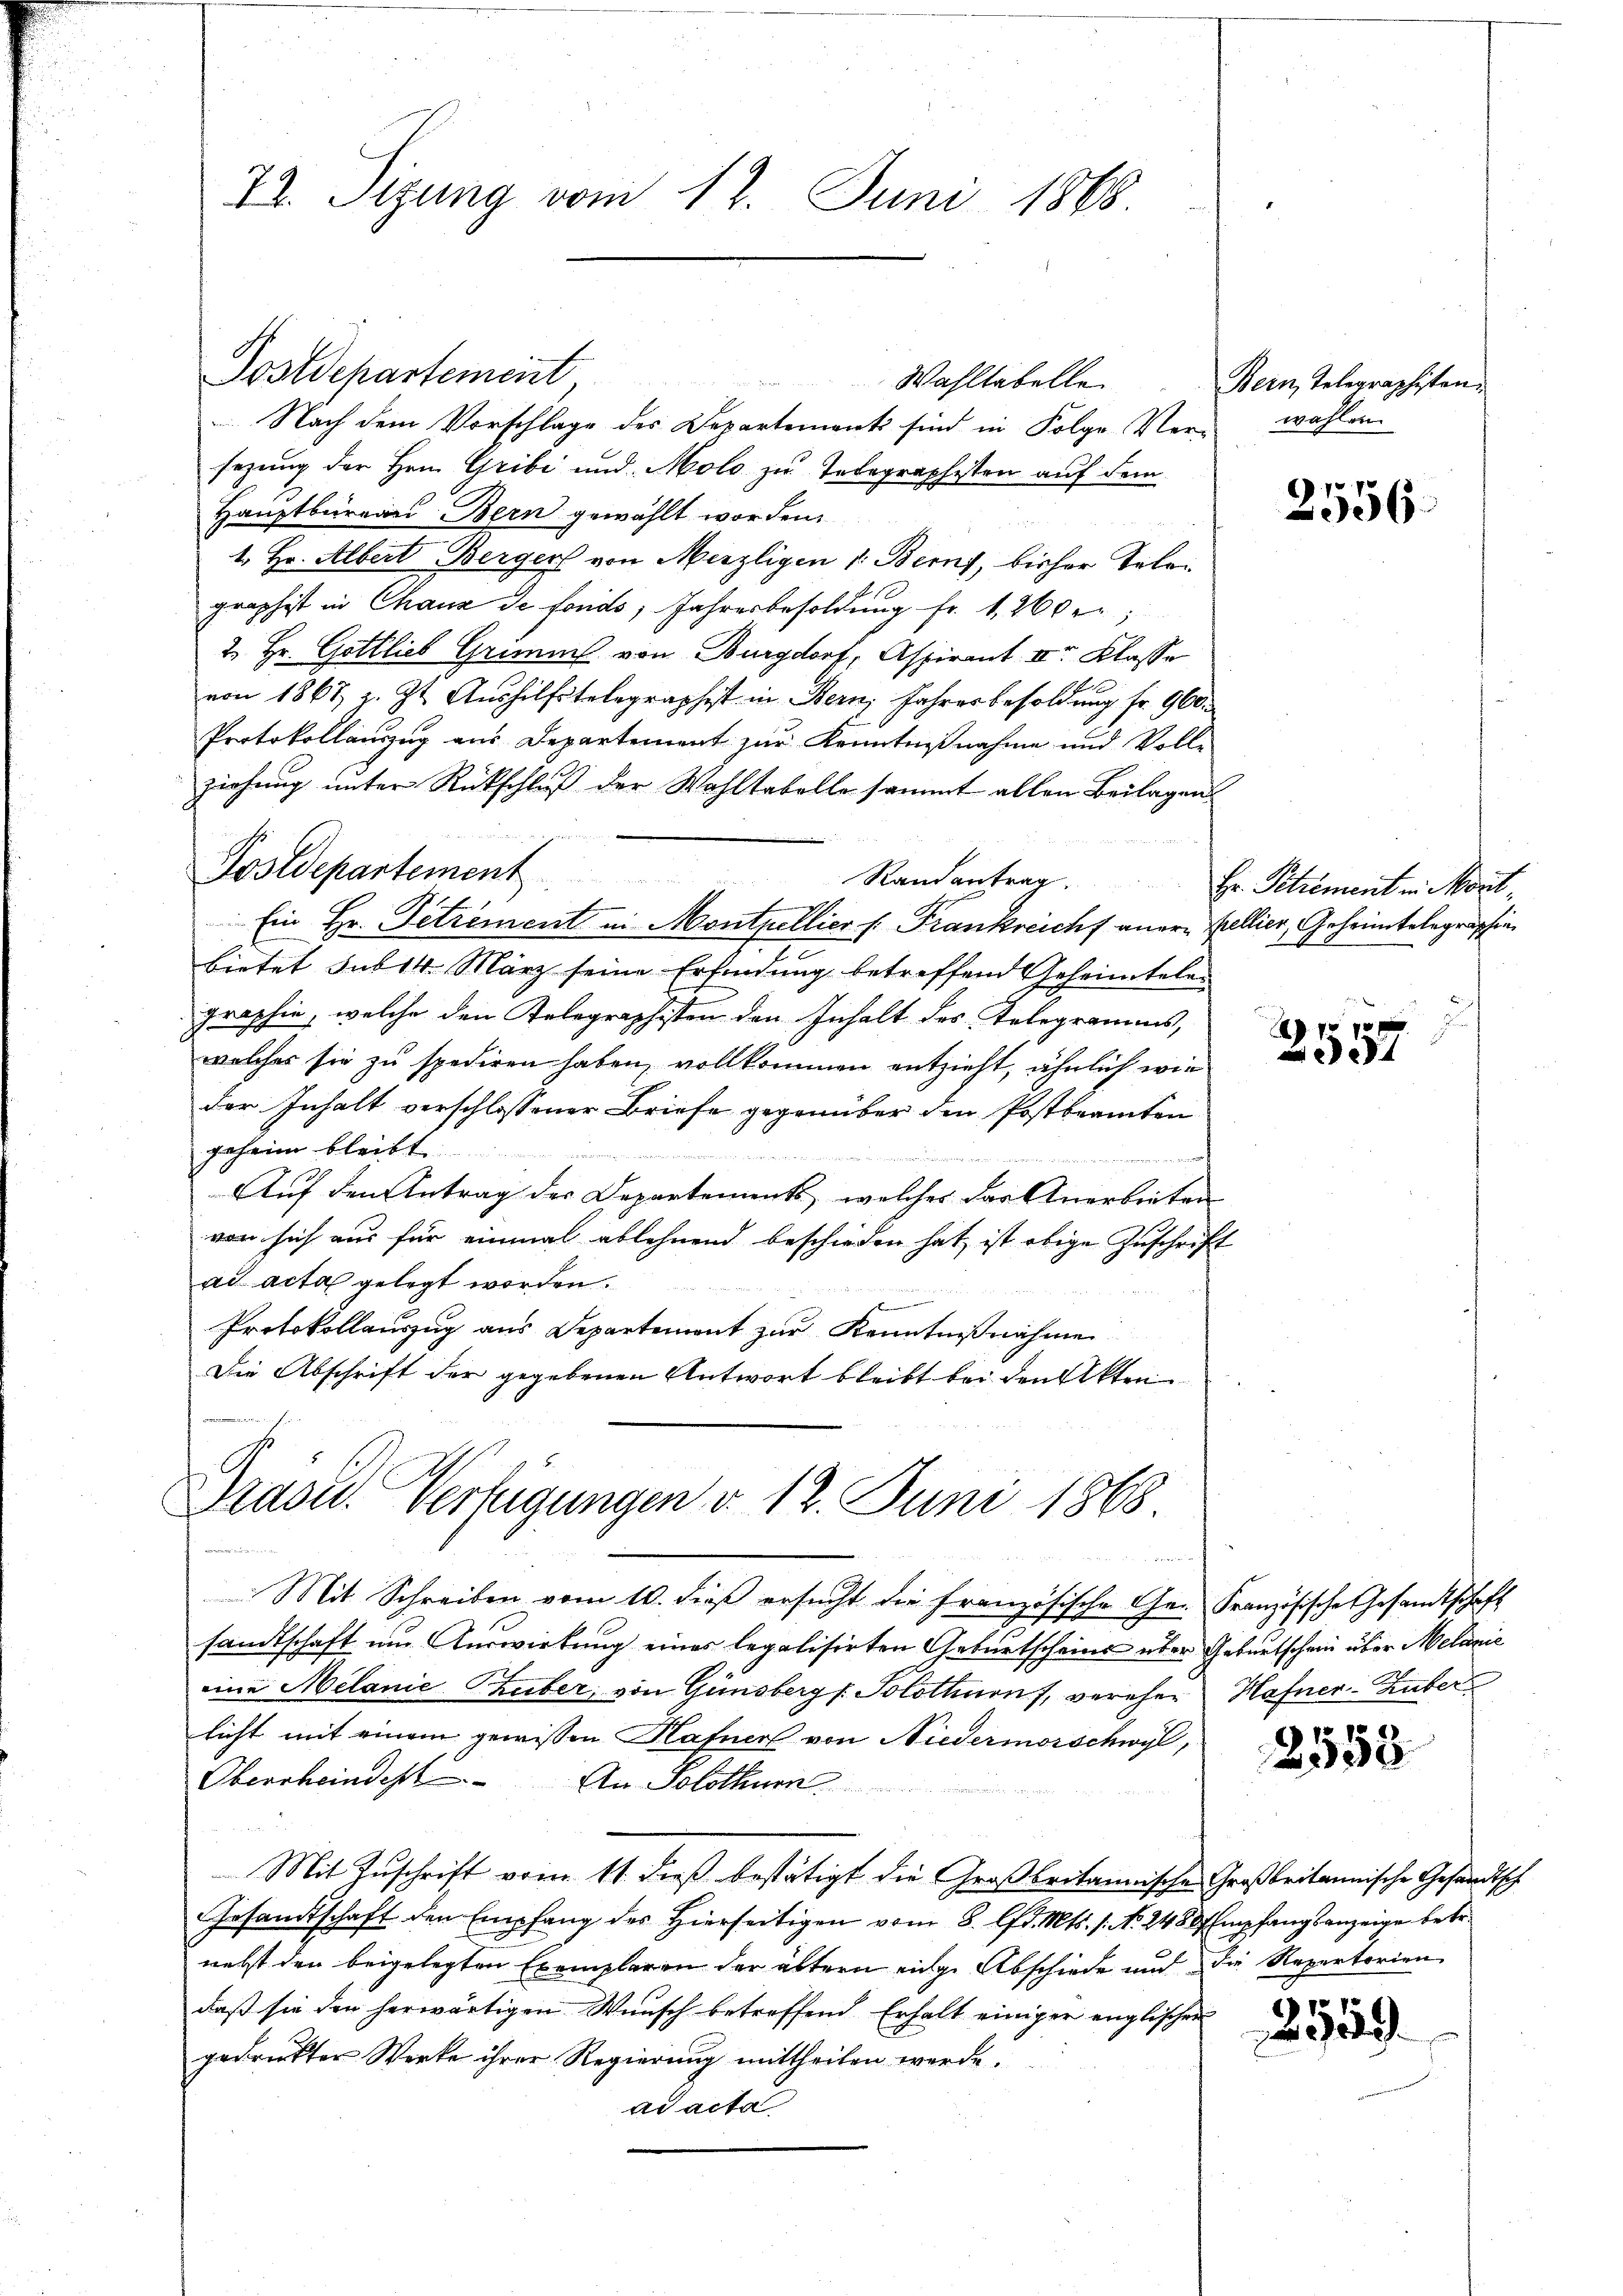
72. Sizung vom 12. Juni 1865.

Wahltabelle
Nach dem Vorschlage des Departement sind in Folge Verwahlen
sezung der Hrn. Gribi und Molo zu Telegraphisten auf dem
Hauptbureau Bern gewählt worden.
1. Hr. Albert Berger von Merzligen 1. Berns, bisher Telegraphist in Chaux de fonds, Jahresbesoldŭng fr. 1200 r
2. Hr. Gottlieb Grimm von Burgdorf, Aspirant II. Klasse
von 1867 z. Zt. Aŭshilfstelegraphist in Bern, Jahresbesoldung fr. 960.
Protokollauszug aus Departement zur Kenntnißnahme und Voll-
ziehung unter Rückschluß der Wohltabelle sammt allen Beilagen
Randantrag.
Ein Hr. Getrement in Montpellier s. Frankreicht anere Bellier, Geheimtelegraphie
bietet sub 14 März seine Erfindung betreffend Geheimtelegraphie, welche den Telegraphisten den Inhalt des Telegramms,
welches sie zu spediren haben, vollkommen entzieht, ähnlich wie
der Inhalt verschlossener Briefe gegenüber den Postbeamten
geheim bleibt
Auf den Antrag der Departements, welches das Anerbieten
von sich aus für einmal ablehnend beschieden hat ist obige Zuschrift
ad acta gelegt worden.
n
Protokollauszug aus Departement zur Kenntnißnahme
Die Abschrift der gegebenen Antwort bleibt bei den Akten

Postdepartement

Postdepartement

Grasid. Verfügungen d. 12. Juni 1868
i

Bern, Telegraphisten.

Mit Schreiben vom 10. dieß ersucht die Französische Ge- Französische Gesandtschaft
sandtschaft um Auswirkung eines legalisirten Geburtscheins über Geburtschein über Melanie
eine Melanie Zuber, von Ginsberg s. Solothurn, verehen Hafner-Huber
sicht mit einem gewissen Hafner von Niedermorschwyl,
Oberrheindest. An Solothurn
Mit Zuschrift vom 11. dieß bestätigt die Großbritannische Großbritannische Gesandtsch
Gesandtschaft den Empfang des hierseitigen vom 8. lfd. Mts. 1. No. 2480 f Empfangsanzeige betr.
nehst den beigelegten Exemplaren der ältern einge Abschiede und die Repertorien
daß sie den herwärtigen Wunsch betreffend Erhalt einiger englischen
gedrückter Werke ihrer Regierung mittheilen werde.
ad acta

2556.

Hr. Pitrement in Mont

11x
8

2558

2559.